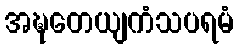
အဍ္ဎတေယျကံသပရမံ